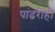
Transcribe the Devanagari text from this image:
पांढरीही